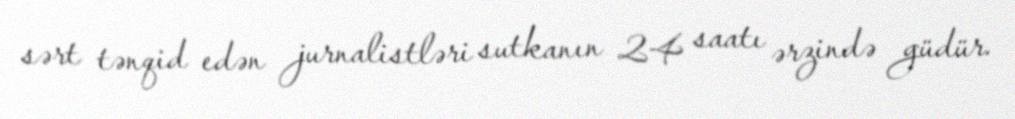
sərt tənqid edən jurnalistləri sutkanın 24 saatı ərzində güdür.